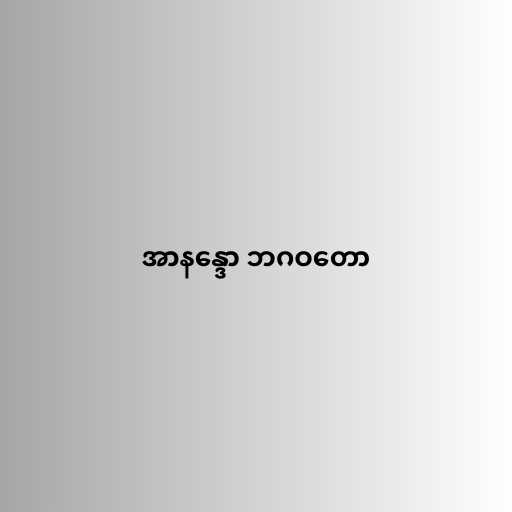
အာနန္ဒော ဘဂဝတော